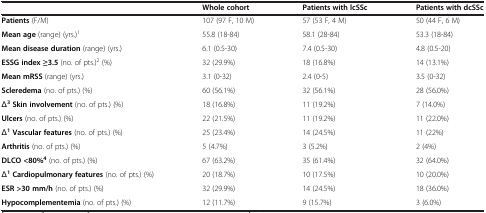
<table><thead><tr><td></td><td><b>Whole cohort</b></td><td><b>Patients with lcSSc</b></td><td><b>Patients with dcSSc</b></td></tr></thead><tbody><tr><td><b>Patients</b> (F/M)</td><td>107 (97 F, 10 M)</td><td>57 (53 F, 4 M)</td><td>50 (44 F, 6 M)</td></tr><tr><td><b>Mean age</b> (range) (yrs.)<sup>1</sup></td><td>55.8 (18-84)</td><td>58.1 (28-84)</td><td>53.3 (18-84)</td></tr><tr><td><b>Mean disease duration</b> (range) (yrs.)</td><td>6.1 (0.5-30)</td><td>7.4 (0.5-30)</td><td>4.8 (0.5-20)</td></tr><tr><td><b>ESSG index ≥3.5</b> (no. of pts.)<sup>2</sup> (%)</td><td>32 (29.9%)</td><td>18 (16.8%)</td><td>14 (13.1%)</td></tr><tr><td><b>Mean mRSS</b> (range) (yrs.)</td><td>3.1 (0-32)</td><td>2.4 (0-5)</td><td>3.5 (0-32)</td></tr><tr><td><b>Scleredema</b> (no. of pts.) (%)</td><td>60 (56.1%)</td><td>32 (56.1%)</td><td>28 (56.0%)</td></tr><tr><td>Δ<sup><b>3</b></sup><b>Skin involvement</b> (no. of pts.) (%)</td><td>18 (16.8%)</td><td>11 (19.2%)</td><td>7 (14.0%)</td></tr><tr><td><b>Ulcers</b> (no. of pts.) (%)</td><td>22 (21.5%)</td><td>11 (19.2%)</td><td>11 (22.0%)</td></tr><tr><td>Δ<sup><b>1</b></sup><b>Vascular features</b> (no. of pts.) (%)</td><td>25 (23.4%)</td><td>14 (24.5%)</td><td>11 (22%)</td></tr><tr><td><b>Arthritis</b> (no. of pts.) (%)</td><td>5 (4.7%)</td><td>3 (5.2%)</td><td>2 (4%)</td></tr><tr><td><b>DLCO &lt;80%</b><sup><b>4</b></sup> (no. of pts.) (%)</td><td>67 (63.2%)</td><td>35 (61.4%)</td><td>32 (64.0%)</td></tr><tr><td>Δ<sup><b>1</b></sup><b>Cardiopulmonary features</b> (no. of pts.) (%)</td><td>20 (18.7%)</td><td>10 (17.5%)</td><td>10 (20.0%)</td></tr><tr><td><b>ESR &gt;30 mm/h</b> (no. of pts.) (%)</td><td>32 (29.9%)</td><td>14 (24.5%)</td><td>18 (36.0%)</td></tr><tr><td><b>Hypocomplementemia</b> (no. of pts.) (%)</td><td>12 (11.7%)</td><td>9 (15.7%)</td><td>3 (6.0%)</td></tr></tbody></table>